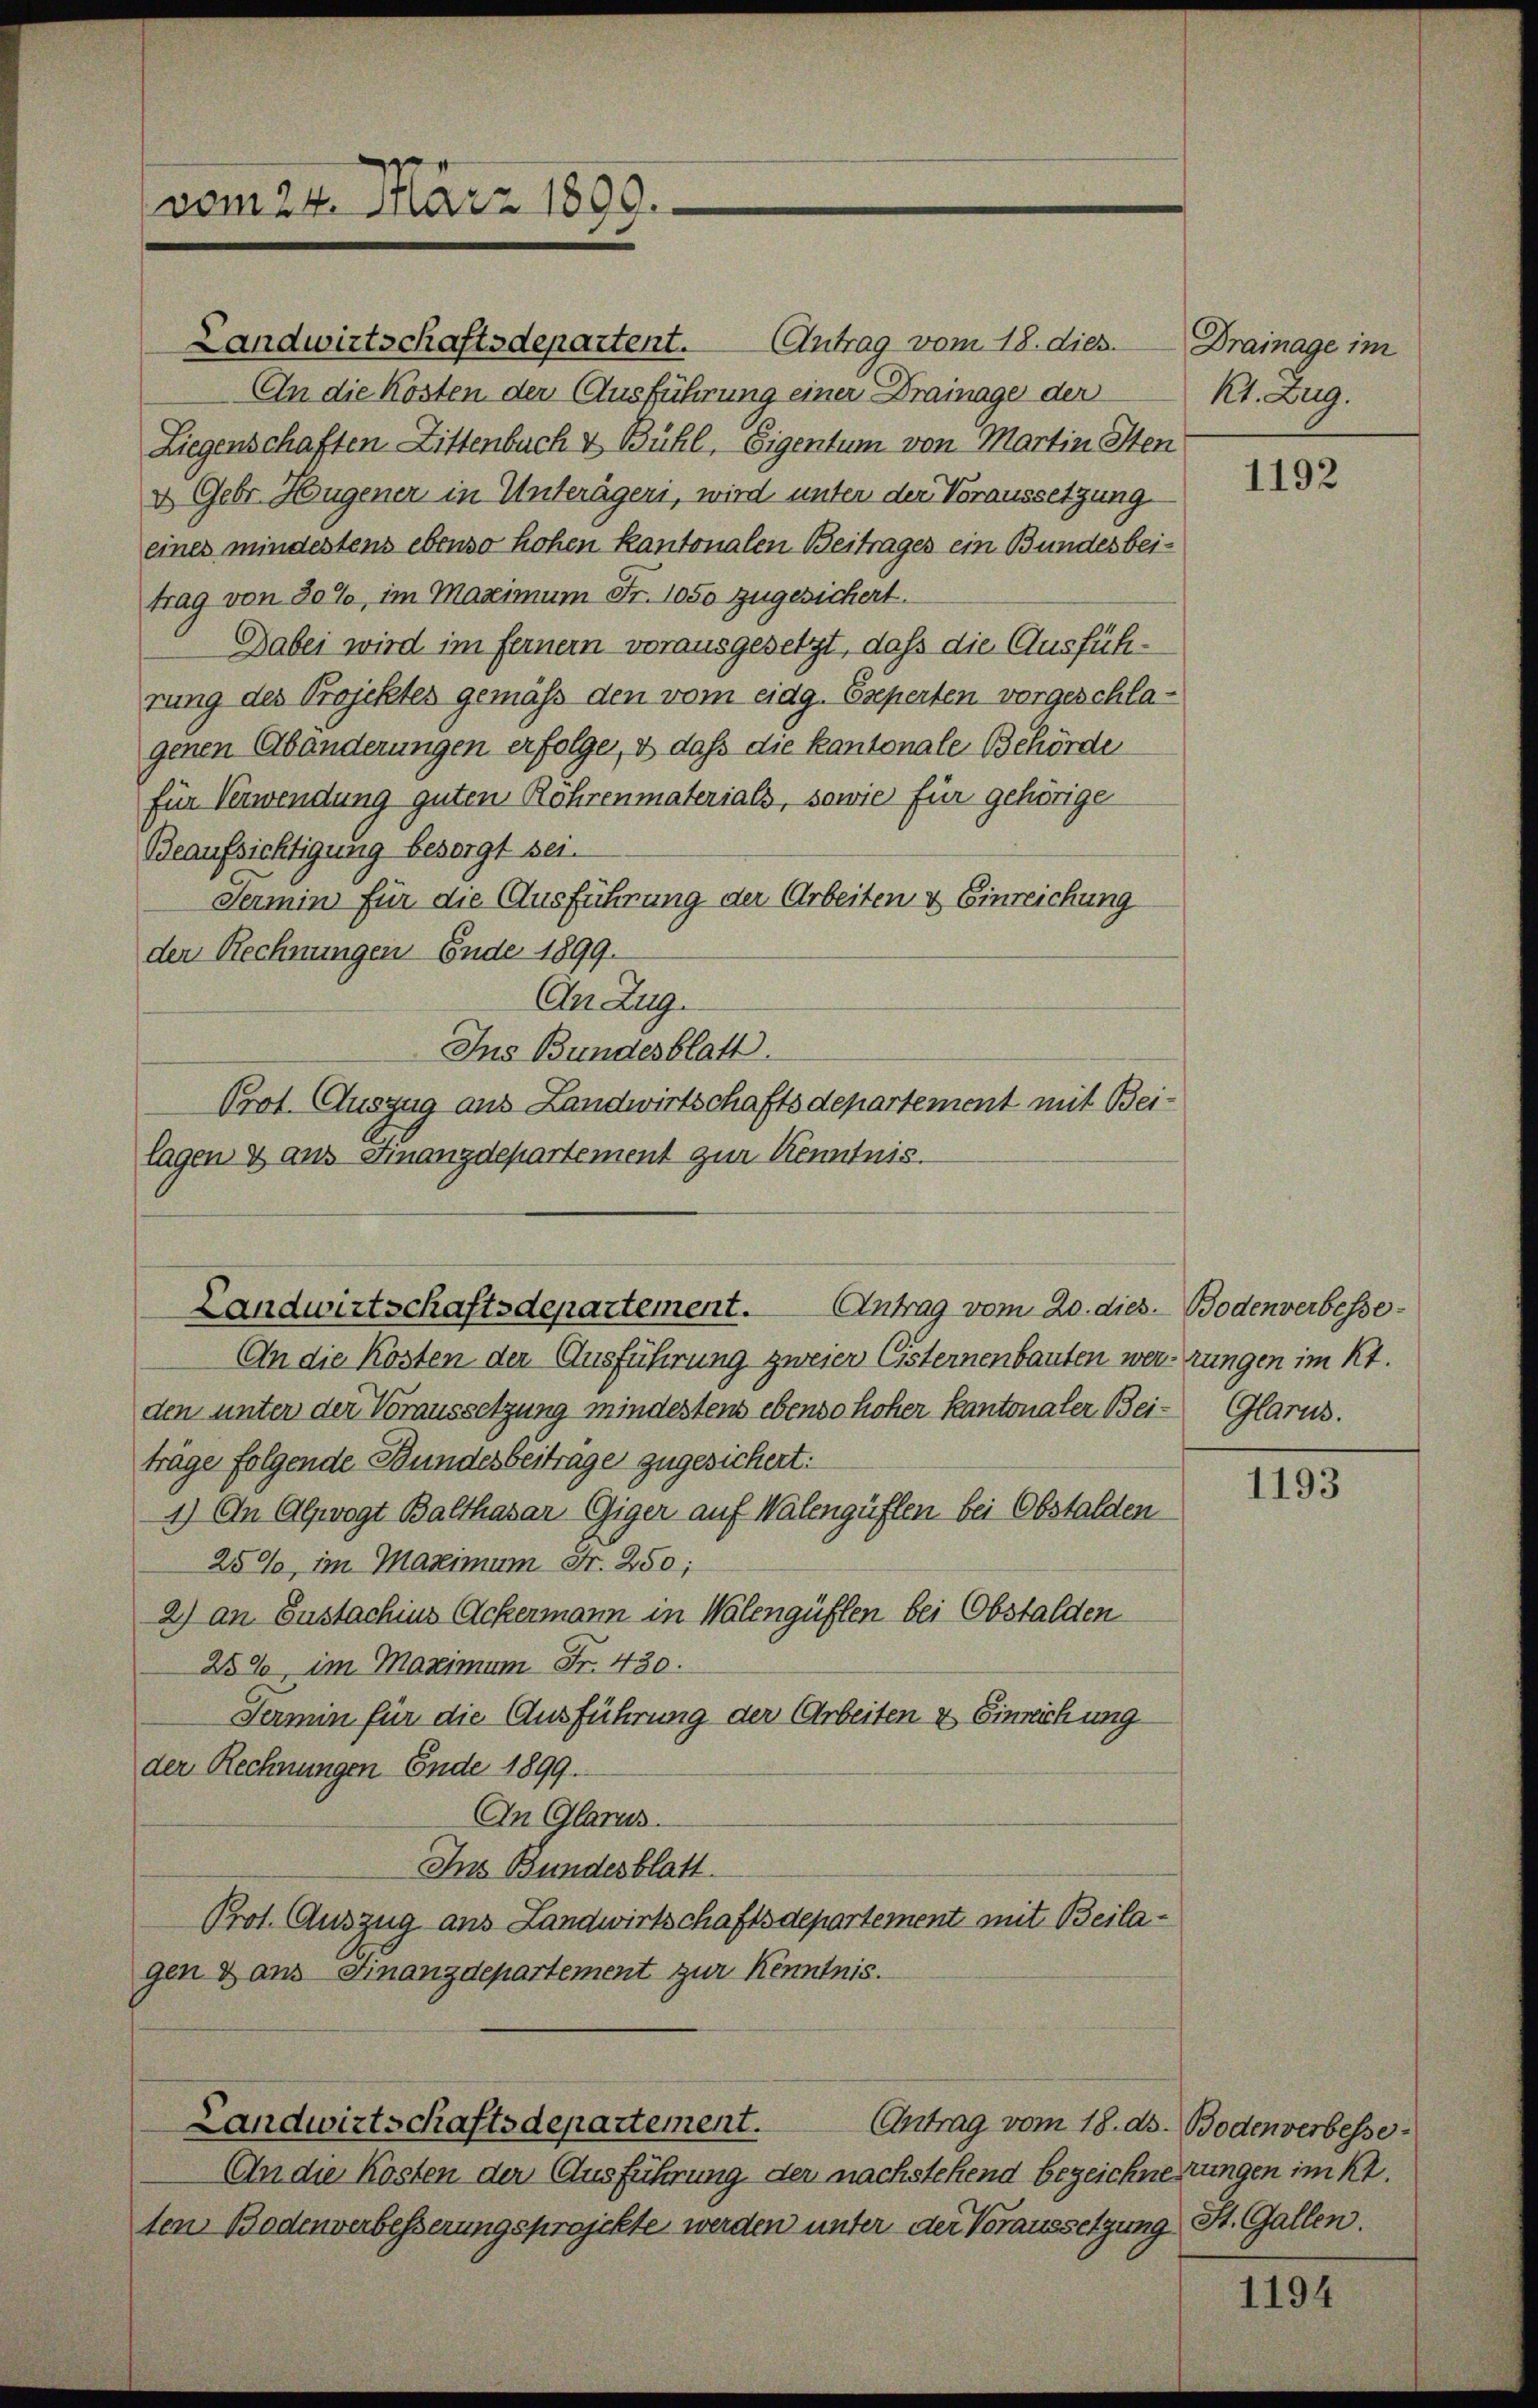
vom 24. März 1899

Landwirtschaftsdepartent.
Antrag vom 18. dies
An die Kosten der Ausführung einer Drainage der
Liegenschaften Littenbuch & Bühl, Eigentum von Martin Sten
u Gebr. Hugener in Unterägeri, wird unter der Voraussetzung
eines mindestens ebenso hohen Kantonalen Beitrages ein Bundesbeitrag von 30%, im Maximum Fr. 1050 zugesichert.
Dabei wird im ferner vorausgesetzt, daß die Ausführung des Projektes gemäß den vom eidg. Eseperten vorgeschlagenen Abänderungen erfolge, & daß die Kantonale Behörde
für Verwendung guten Röhrenmaterials, sowie für gehörige
Beaufsichtigung besorgt sei.
Sermin für die Ausführung der Arbeiten & Einreichung
den Rechnungen Ende 1899.
An Zug.
Ins Bundesblatt.
Prot. Auszug aus Landwirtschaftsdepartement mit Beilagen & aus Finanzdepartement zur Kenntnis.

Landwirtschaftsdepartement. Antrag vom 20. dies Bodenverbesse¬

An die Kosten der Ausführung zweier Cisternenbauten werrungen im Kt.
den unter der Voraussetzung mindestens ebenso hoher Kantonaler Bei- Glarus.
träge folgende Bundesbeitrage zugesichert:
1) An Alpwogt Balthasar Giger auf Walengüflen bei Obstalden
25%, im Maximum Fr. 250;
2.) an Gustachius Ackermann in Walengüflen bei Obstalden
25%, im Maximum Fr. 430.
Termin für die Ausführung der Arbeiten & Einreichung
der Rechnungen Ende 1899.
An Glarus.
Ins Bundesblatt.
Prot. Auszug aus Landwirtschaftsdepartement mit Beilagen & aus Finanzdepartement zur Kenntnis.
Landwirtschaftsdepartement.
Antrag vom 18. ds. Bodenverbesse
An die Kosten der Ausführung der nachstehend bezeichnertungen im Kt.
ten Bodenverbesserungsprojekte werden unter der Voraussetzung St. Gallen.

Drainage im
Kt. Zug.

1192

1193

1194